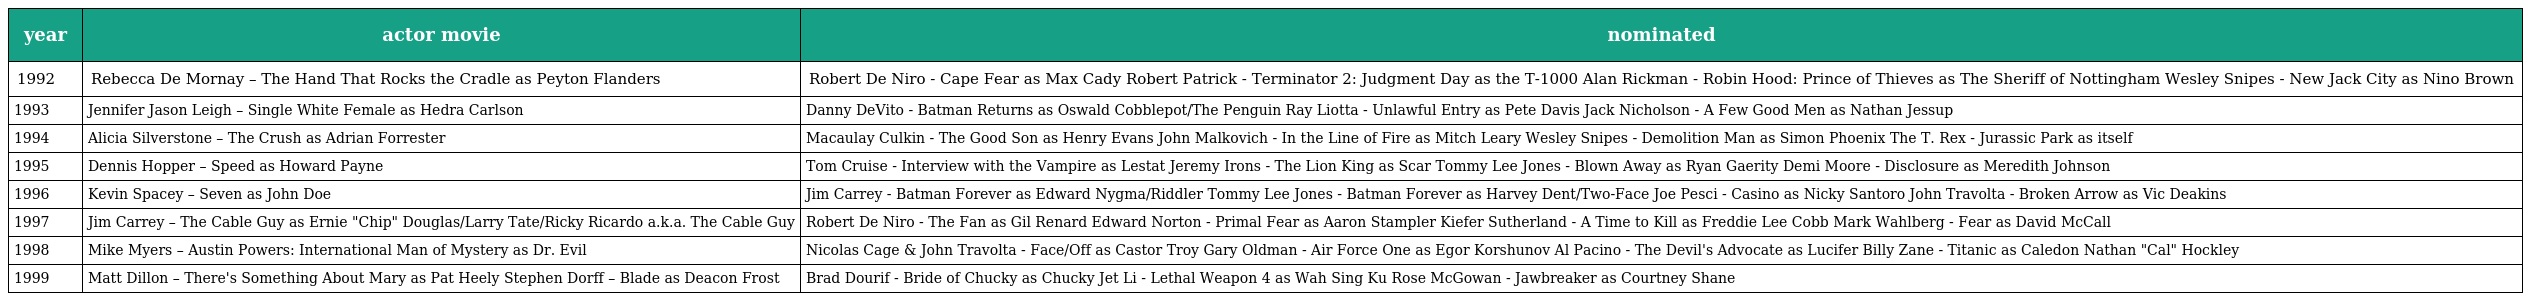
| year | actor movie | nominated |
 | --- | --- | --- |
 | 1992 | Rebecca De Mornay – The Hand That Rocks the Cradle as Peyton Flanders | Robert De Niro - Cape Fear as Max Cady Robert Patrick - Terminator 2: Judgment Day as the T-1000 Alan Rickman - Robin Hood: Prince of Thieves as The Sheriff of Nottingham Wesley Snipes - New Jack City as Nino Brown |
 | 1993 | Jennifer Jason Leigh – Single White Female as Hedra Carlson | Danny DeVito - Batman Returns as Oswald Cobblepot/The Penguin Ray Liotta - Unlawful Entry as Pete Davis Jack Nicholson - A Few Good Men as Nathan Jessup |
 | 1994 | Alicia Silverstone – The Crush as Adrian Forrester | Macaulay Culkin - The Good Son as Henry Evans John Malkovich - In the Line of Fire as Mitch Leary Wesley Snipes - Demolition Man as Simon Phoenix The T. Rex - Jurassic Park as itself |
 | 1995 | Dennis Hopper – Speed as Howard Payne | Tom Cruise - Interview with the Vampire as Lestat Jeremy Irons - The Lion King as Scar Tommy Lee Jones - Blown Away as Ryan Gaerity Demi Moore - Disclosure as Meredith Johnson |
 | 1996 | Kevin Spacey – Seven as John Doe | Jim Carrey - Batman Forever as Edward Nygma/Riddler Tommy Lee Jones - Batman Forever as Harvey Dent/Two-Face Joe Pesci - Casino as Nicky Santoro John Travolta - Broken Arrow as Vic Deakins |
 | 1997 | Jim Carrey – The Cable Guy as Ernie "Chip" Douglas/Larry Tate/Ricky Ricardo a.k.a. The Cable Guy | Robert De Niro - The Fan as Gil Renard Edward Norton - Primal Fear as Aaron Stampler Kiefer Sutherland - A Time to Kill as Freddie Lee Cobb Mark Wahlberg - Fear as David McCall |
 | 1998 | Mike Myers – Austin Powers: International Man of Mystery as Dr. Evil | Nicolas Cage & John Travolta - Face/Off as Castor Troy Gary Oldman - Air Force One as Egor Korshunov Al Pacino - The Devil's Advocate as Lucifer Billy Zane - Titanic as Caledon Nathan "Cal" Hockley |
 | 1999 | Matt Dillon – There's Something About Mary as Pat Heely Stephen Dorff – Blade as Deacon Frost | Brad Dourif - Bride of Chucky as Chucky Jet Li - Lethal Weapon 4 as Wah Sing Ku Rose McGowan - Jawbreaker as Courtney Shane |